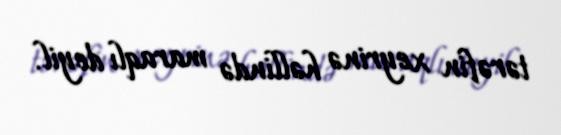
tərəfin xeyrinə həllində maraqlı deyil.